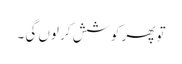
تو پھر کوشش کر لوں گی ۔